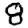
Digit: 8